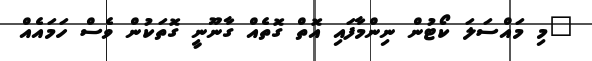
"މި މައްސަލަ ކޯޓުން ނިންމާފައި އޮތް ގޮތެއް ގާނޫނީ ގޮތަކުން ވެސް ހަމައެއް